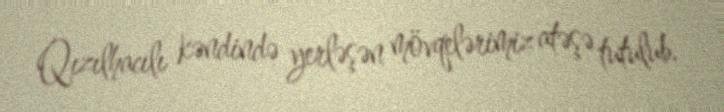
Qızılhacılı kəndində yerləşən mövqelərimiz atəşə tutulub.